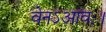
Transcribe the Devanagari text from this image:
वेनऽआवः।